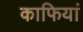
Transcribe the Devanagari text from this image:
काफियां